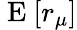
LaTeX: \mathrm{~E~}[r_{\mu}]